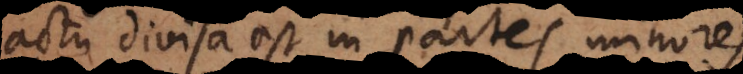
actu divisa est in partes m